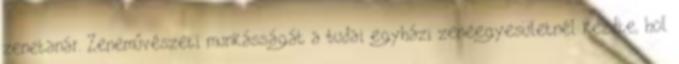
zenetanár. Zeneművészeti munkásságát a budai egyházi zeneegyesületnél kezdte, hol